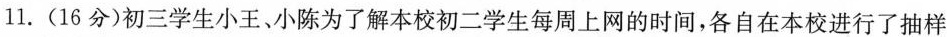
11.(16分)初三学生小王、小陈为了解本校初二学生每周上网的时间，各自在本校进行了抽样